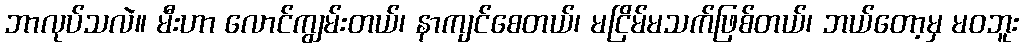
ဘာလုပ်သလဲ။ မီးဟာ လောင်ကျွမ်းတယ်၊ နာကျင်စေတယ်၊ မငြိမ်မသက်ဖြစ်တယ်၊ ဘယ်တော့မှ မဝဘူး